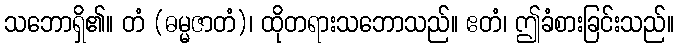
သဘောရှိ၏။ တံ (ဓမ္မဇာတံ)၊ ထိုတရားသဘောသည်။ ဧတံ၊ ဤခံစားခြင်းသည်။